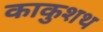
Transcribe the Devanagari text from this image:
काकुशथ